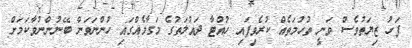
ފަހު ޒިޔަތުވެސް ވަނީ ތުހުމަތެއް ކުރެވިފައި ހުއްޓާ ދައުލަތުގެ މަގާމެއްގައި ހުންނަވަން ބޭނުންނުވާކަމަށް